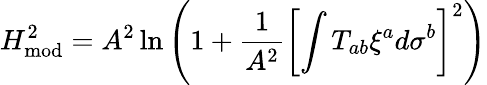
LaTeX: H_{\mathrm{mod}}^{2}=A^{2}\ln\left(1+{\frac{1}{A^{2}}}\left[\int T_{ab}\xi^{a}d\sigma^{b}\right]^{2}\right)